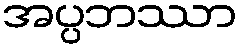
အပ္ပဘဿာ